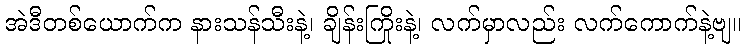
အဲဒီတစ်ယောက်က နားသန်သီးနဲ့၊ ချိန်းကြိုးနဲ့၊ လက်မှာလည်း လက်ကောက်နဲ့ဗျ။